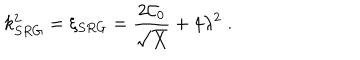
k _ { S R G } ^ { 2 } = \xi _ { S R G } = \frac { 2 \mathcal { C } _ { 0 } } { \sqrt { X } } + 4 \lambda ^ { 2 } \; .